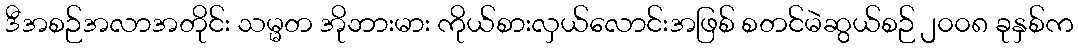
ဒီအစဉ်အလာအတိုင်း သမ္မတ အိုဘားမား ကိုယ်စားလှယ်လောင်းအဖြစ် စတင်မဲဆွယ်စဉ် ၂၀၀၈ ခုနှစ်က